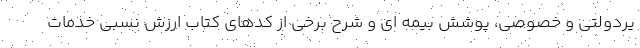
یردولتی و خصوصی، پوشش بیمه ای و شرح برخی از کدهای کتاب ارزش نسبی خدمات